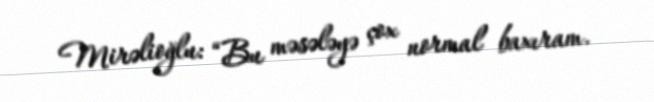
Mirəlioğlu: “Bu məsələyə çox normal baxıram.